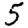
Digit: 5